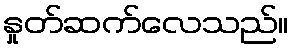
နှုတ်ဆက်လေသည်။